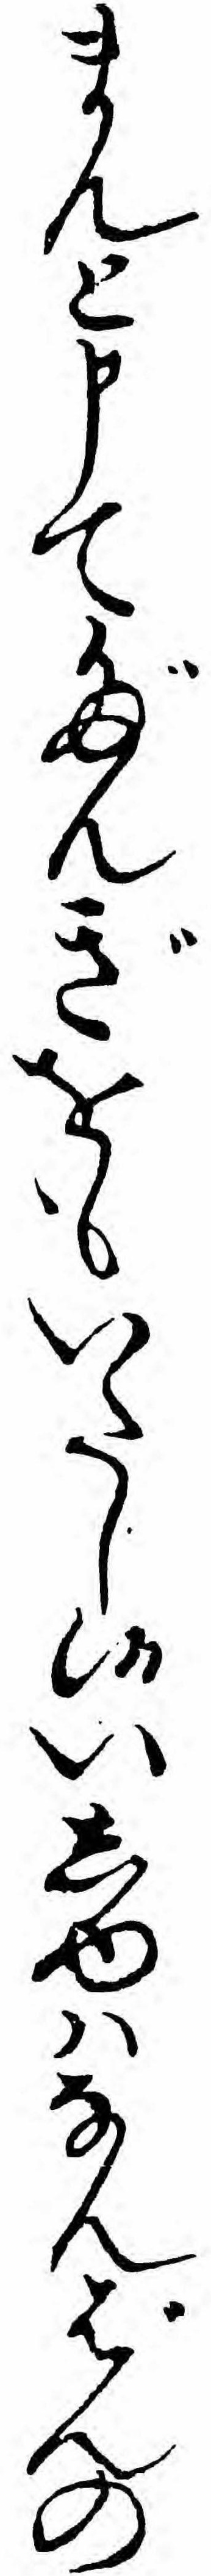
まんと申てだんぎをもいたし候いしゆハなんばんの